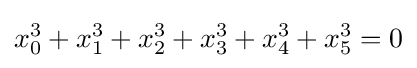
\displaystyle x_{0}^{3}+x_{1}^{3}+x_{2}^{3}+x_{3}^{3}+x_{4}^{3}+x_{5}^{3}=0